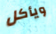
ويأكل